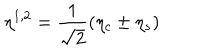
\eta ^ { 1 , 2 } = \frac { 1 } { \sqrt { 2 } } ( \eta _ { c } \pm \eta _ { s } )